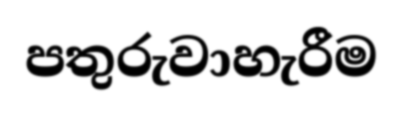
පතුරුවාහැරීම